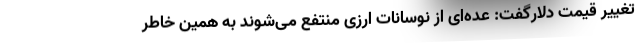
تغییر قیمت دلارگفت: عده‌ای از نوسانات ارزی منتفع می‌شوند به همین خاطر